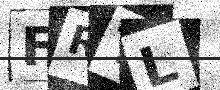
Text: FRTL